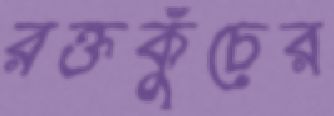
রক্তকুঁচের